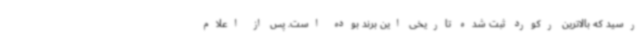
رسید که بالاترین رکورد ثبت شده تاریخی این برند بوده است. پس از اعلام